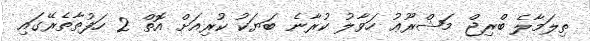
ތިލަމާލެ ބްރިޖް މަޝްރޫޢު ހަވާލު ކުރާނެ ބަޔަކު ކުރިއަށް އޮތް 2 ހަފުތާތެރޭގައި